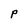
Character: P